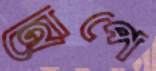
হোপে